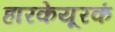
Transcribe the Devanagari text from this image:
हारकेयूरकं